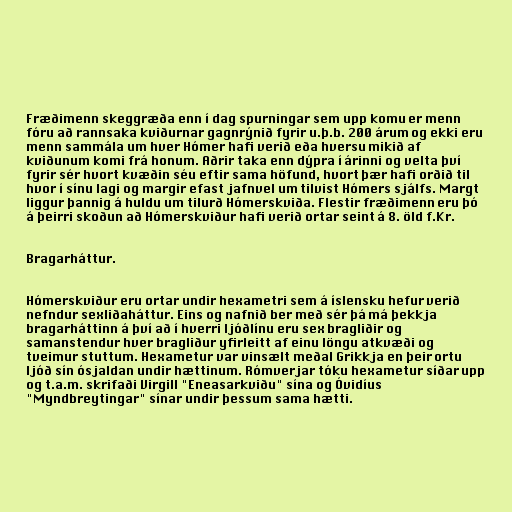
Fræðimenn skeggræða enn í dag spurningar sem upp komu er menn
fóru að rannsaka kviðurnar gagnrýnið fyrir u.þ.b. 200 árum og ekki eru
menn sammála um hver Hómer hafi verið eða hversu mikið af
kviðunum komi frá honum. Aðrir taka enn dýpra í árinni og velta því
fyrir sér hvort kvæðin séu eftir sama höfund, hvort þær hafi orðið til
hvor í sínu lagi og margir efast jafnvel um tilvist Hómers sjálfs. Margt
liggur þannig á huldu um tilurð Hómerskviða. Flestir fræðimenn eru þó
á þeirri skoðun að Hómerskviður hafi verið ortar seint á 8. öld f.Kr.

Bragarháttur.

Hómerskviður eru ortar undir hexametri sem á íslensku hefur verið
nefndur sexliðaháttur. Eins og nafnið ber með sér þá má þekkja
bragarháttinn á því að í hverri ljóðlínu eru sex bragliðir og
samanstendur hver bragliður yfirleitt af einu löngu atkvæði og
tveimur stuttum. Hexametur var vinsælt meðal Grikkja en þeir ortu
ljóð sín ósjaldan undir hættinum. Rómverjar tóku hexametur síðar upp
og t.a.m. skrifaði Virgill "Eneasarkviðu" sína og Óvidíus
"Myndbreytingar" sínar undir þessum sama hætti.